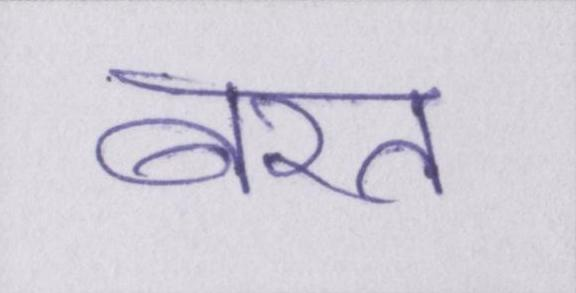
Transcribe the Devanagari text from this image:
बरत